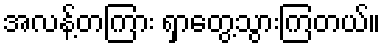
အလန့်တကြား ရှာတွေ့သွားကြတယ်။